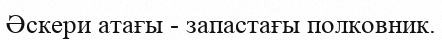
Әскери атағы - запастағы полковник.